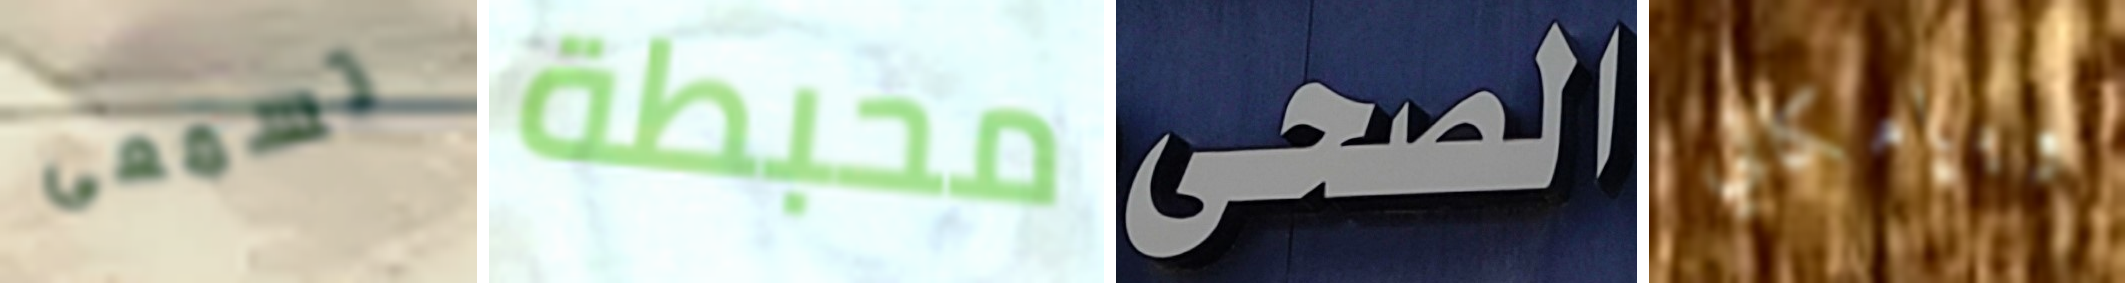
تسمعى محبطة الصحى وبإمكاني